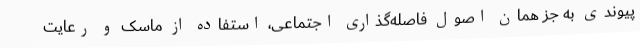
پیوندی به جز همان اصول فاصله‌گذاری اجتماعی، استفاده از ماسک و رعایت